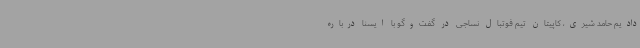
دادیم حامد شیری، کاپیتان تیم فوتبال نساجی در گفت‌وگو با ایسنا درباره